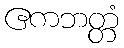
ဧကဘတ္တံ